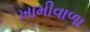
ખામીવાળા